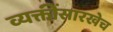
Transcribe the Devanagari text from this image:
व्यक्तींसारखेच